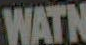
WATN